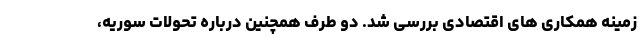
زمینه همکاری های اقتصادی بررسی شد. دو طرف همچنین درباره تحولات سوریه،